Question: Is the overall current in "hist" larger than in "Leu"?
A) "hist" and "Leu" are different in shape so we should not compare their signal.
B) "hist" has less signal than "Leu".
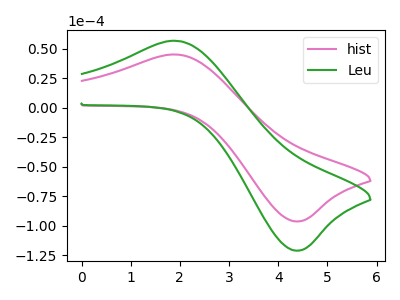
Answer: <think>The pink curve "hist" has an anodic peak at (1.95V, 45.10uA) and a cathodic peak at (4.35V, -96.40uA). The green curve "Leu" has an anodic peak at (1.95V, 56.70uA) and a cathodic peak at (4.35V, -121.20uA).
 All the peaks in "hist" have a peak in "Leu" at the same potential. Every peak in "hist" is lower than every peak in "Leu".</think>
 <answer>B) "hist" has less signal than "Leu".</answer>
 <eval>B</eval>